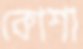
কোশা